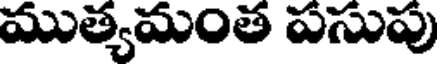
ముత్యమంత పసుపు